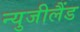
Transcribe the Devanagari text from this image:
न्युजीलैंड